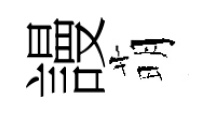
謾萌